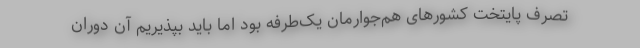
تصرف پایتخت کشورهای هم‌جوارمان یک‌طرفه بود اما باید بپذیریم آن دوران